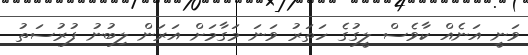
ވަނީ އަނެއް ކާވެސް ލީގުގެ ހަތަރު ވަނަ މަގާމަށް އަރަން ލިބުނު ފުރުސަތު